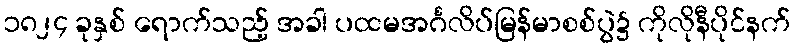
၁၈၂၄ ခုနှစ် ရောက်သည့် အခါ ပထမအင်္ဂလိပ်မြန်မာစစ်ပွဲ၌ ကိုလိုနီပိုင်နက်